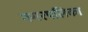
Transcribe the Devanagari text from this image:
नगरपलिका